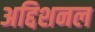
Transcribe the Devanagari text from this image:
अद्दिशनल